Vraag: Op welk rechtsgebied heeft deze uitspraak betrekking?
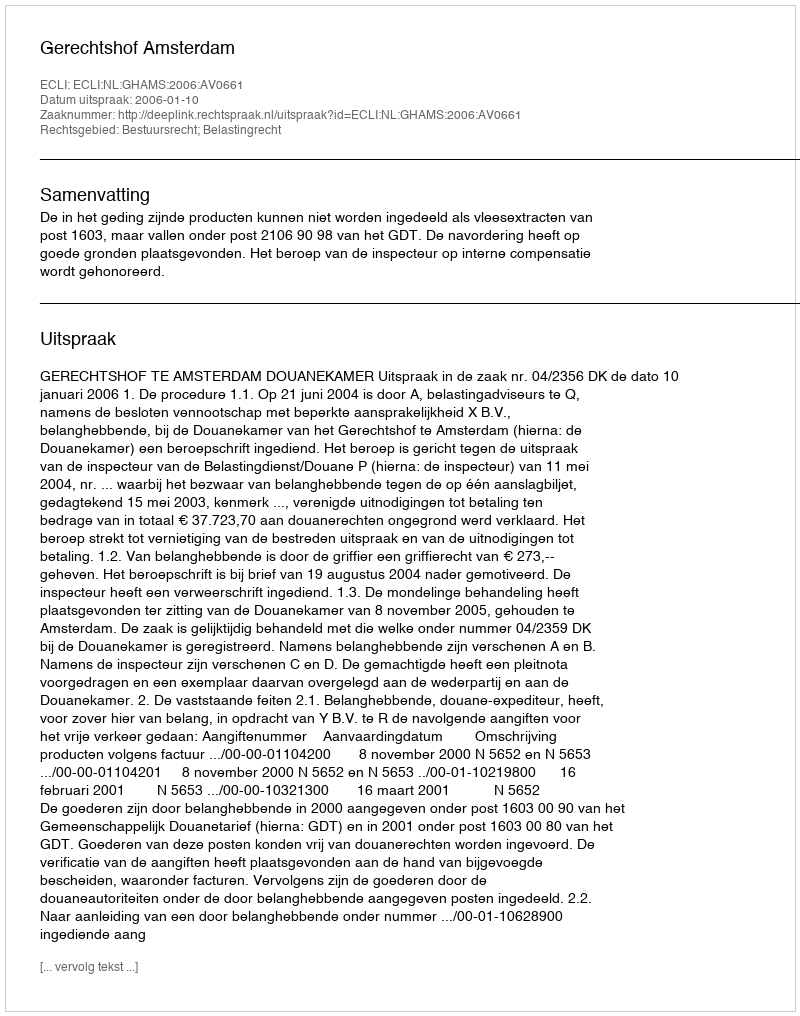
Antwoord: Bestuursrecht; Belastingrecht